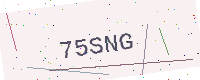
Text: 75SNG